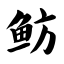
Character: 鲂